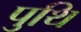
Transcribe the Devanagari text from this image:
पुथि